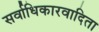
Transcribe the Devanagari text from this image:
सर्वाधिकारवादिता